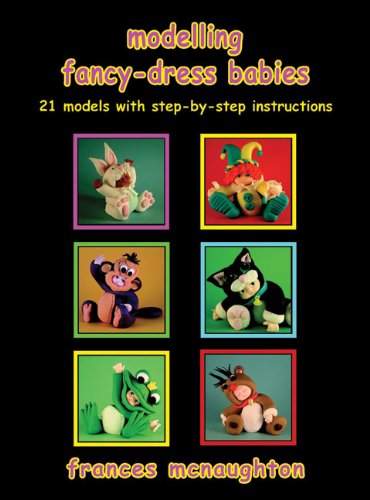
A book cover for Modelling Fancy-Dress Babies: 21 Models with Step-By-Step Instructions; Frances McNaughton; Cookbooks, Food & Wine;